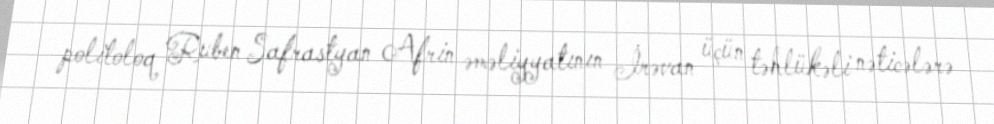
politoloq Ruben Safrastyan Afrin əməliyyatının İrəvan üçün təhlükəli nəticələrə